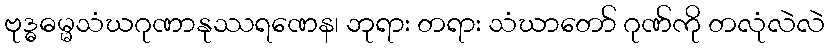
ဗုဒ္ဓဓမ္မသံဃဂုဏာနုဿရဏေန၊ ဘုရား တရား သံဃာတော် ဂုဏ်ကို တလုံလဲလဲ